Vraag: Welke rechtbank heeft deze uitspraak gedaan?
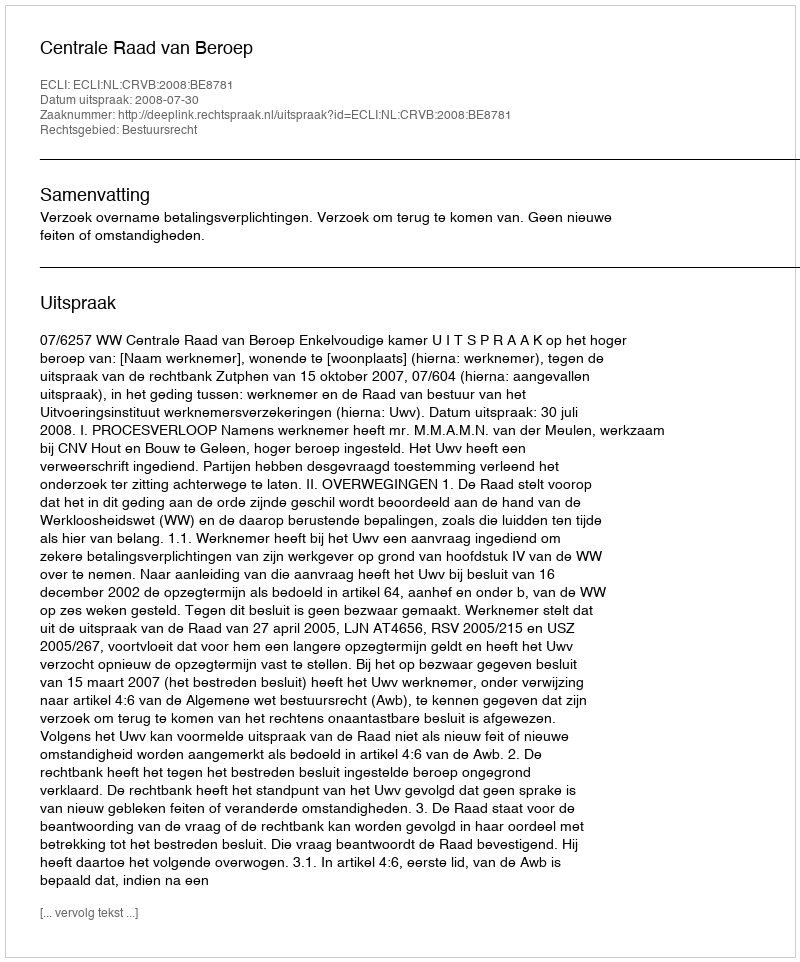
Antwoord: Centrale Raad van Beroep